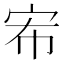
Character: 𭓤